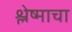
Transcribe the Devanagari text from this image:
श्लेष्माचा